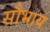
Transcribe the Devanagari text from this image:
सौभाय